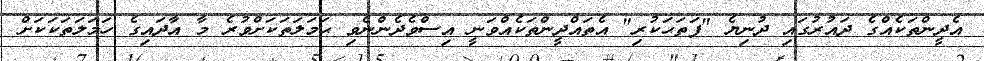
އެދީންތަކެއްގެ ދައުރުގައި ދުނިޔެ "ފަތަޙަކުރި" އެތައްދީންތަކެއްވަނީ އިސްވެދެންނެވި ޙަމަލަތަކަށްވުރެ މާ އާދައިގެ ހަމަލަތަކަކަށް